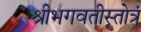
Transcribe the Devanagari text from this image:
श्रीभगवतीस्तोत्रं